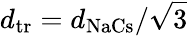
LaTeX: d_{\mathrm{tr}}=d_{\mathrm{NaCs}}/\sqrt{3}